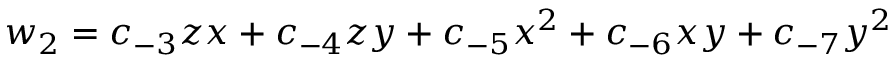
w _ { 2 } = c _ { - 3 } z x + c _ { - 4 } z y + c _ { - 5 } x ^ { 2 } + c _ { - 6 } x y + c _ { - 7 } y ^ { 2 }